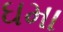
ઘમા